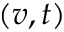
( v , t )